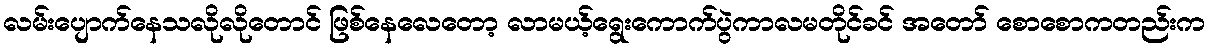
လမ်းပျောက်နေသလိုလိုတောင် ဖြစ်နေလေတော့ လာမယ့်ရွေးကောက်ပွဲကာလမတိုင်ခင် အတော် စောစောကတည်းက